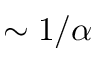
\sim 1 / \alpha